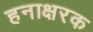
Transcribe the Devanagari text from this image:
हनाक्षरक